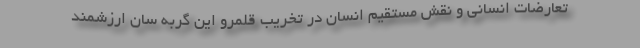
تعارضات انسانی و نقش مستقیم انسان در تخریب قلمرو این گربه سان ارزشمند